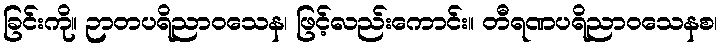
ခြင်းကို။ ဉာတပရိညာဝသေန၊ ဖြင့်လည်းကောင်း။ တီရဏပရိညာဝသေနစ၊